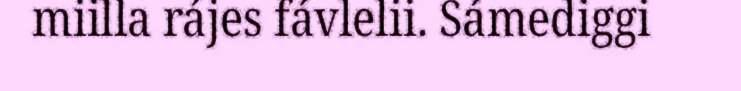
miilla rájes fávlelii. Sámediggi